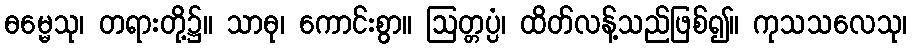
ဓမ္မေသု၊ တရားတို့၌။ သာဓု၊ ကောင်းစွာ။ ဩတ္တပ္ပံ၊ ထိတ်လန့်သည်ဖြစ်၍။ ကုသသလေသု၊